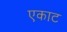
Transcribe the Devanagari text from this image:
एकाट